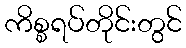
ကိစ္စရပ်တိုင်းတွင်